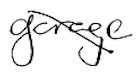
Text: garage
Cross-out: diagonal
Writing tool: digital_black